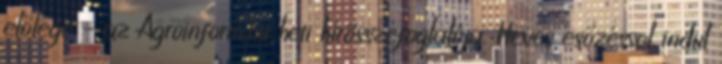
előlege – az Agroinform.hu heti hírösszefoglalója. Heves esőzéssel indul